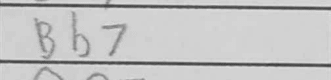
Transcription: Bb7